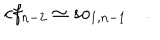
c f _ { n - 2 } \simeq s o _ { 1 , n - 1 } \quad .